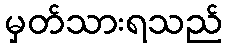
မှတ်သားရသည်